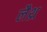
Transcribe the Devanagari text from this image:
लैथ्र